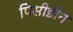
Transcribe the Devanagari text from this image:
पिसीडीन